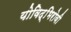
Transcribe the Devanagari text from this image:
योविद्भिरोवी